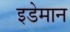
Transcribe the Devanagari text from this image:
इडेमान